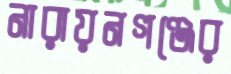
নারায়নগঞ্জের